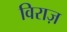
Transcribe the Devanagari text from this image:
विराज़